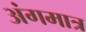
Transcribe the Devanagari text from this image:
अंगमात्र